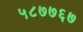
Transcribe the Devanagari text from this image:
५८७७६७